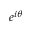
e ^ { i \theta }